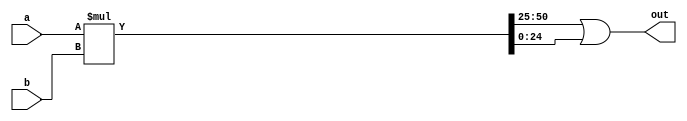
module top (out, a, b);
output [25:0] out;
wire [50:0] mult_wire;
	input  [25:0] a;
	input  [25:0] b;

	assign mult_wire = a * b;
    assign out = mult_wire[50:25] | mult_wire[24:0];

endmodule